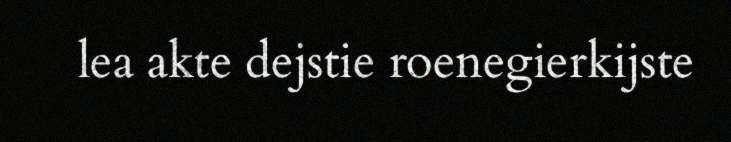
lea akte dejstie roenegierkijste